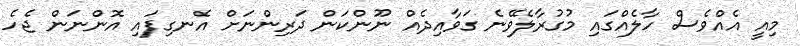
މިއީ އެއްވެސް ހާލެއްގައި މުގުރާލެވޭނެ ގަވާއިދެއް ނޫންކަން ދަރިންނަށް އެނގިފައި އޮންނަން ޖެހެ